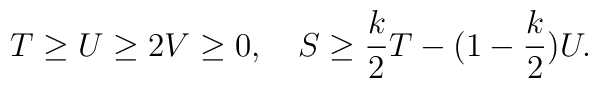
T\geq U\geq 2V\geq0,\quad  S\geq {k\over 2}T-(1-{k\over 2})U.